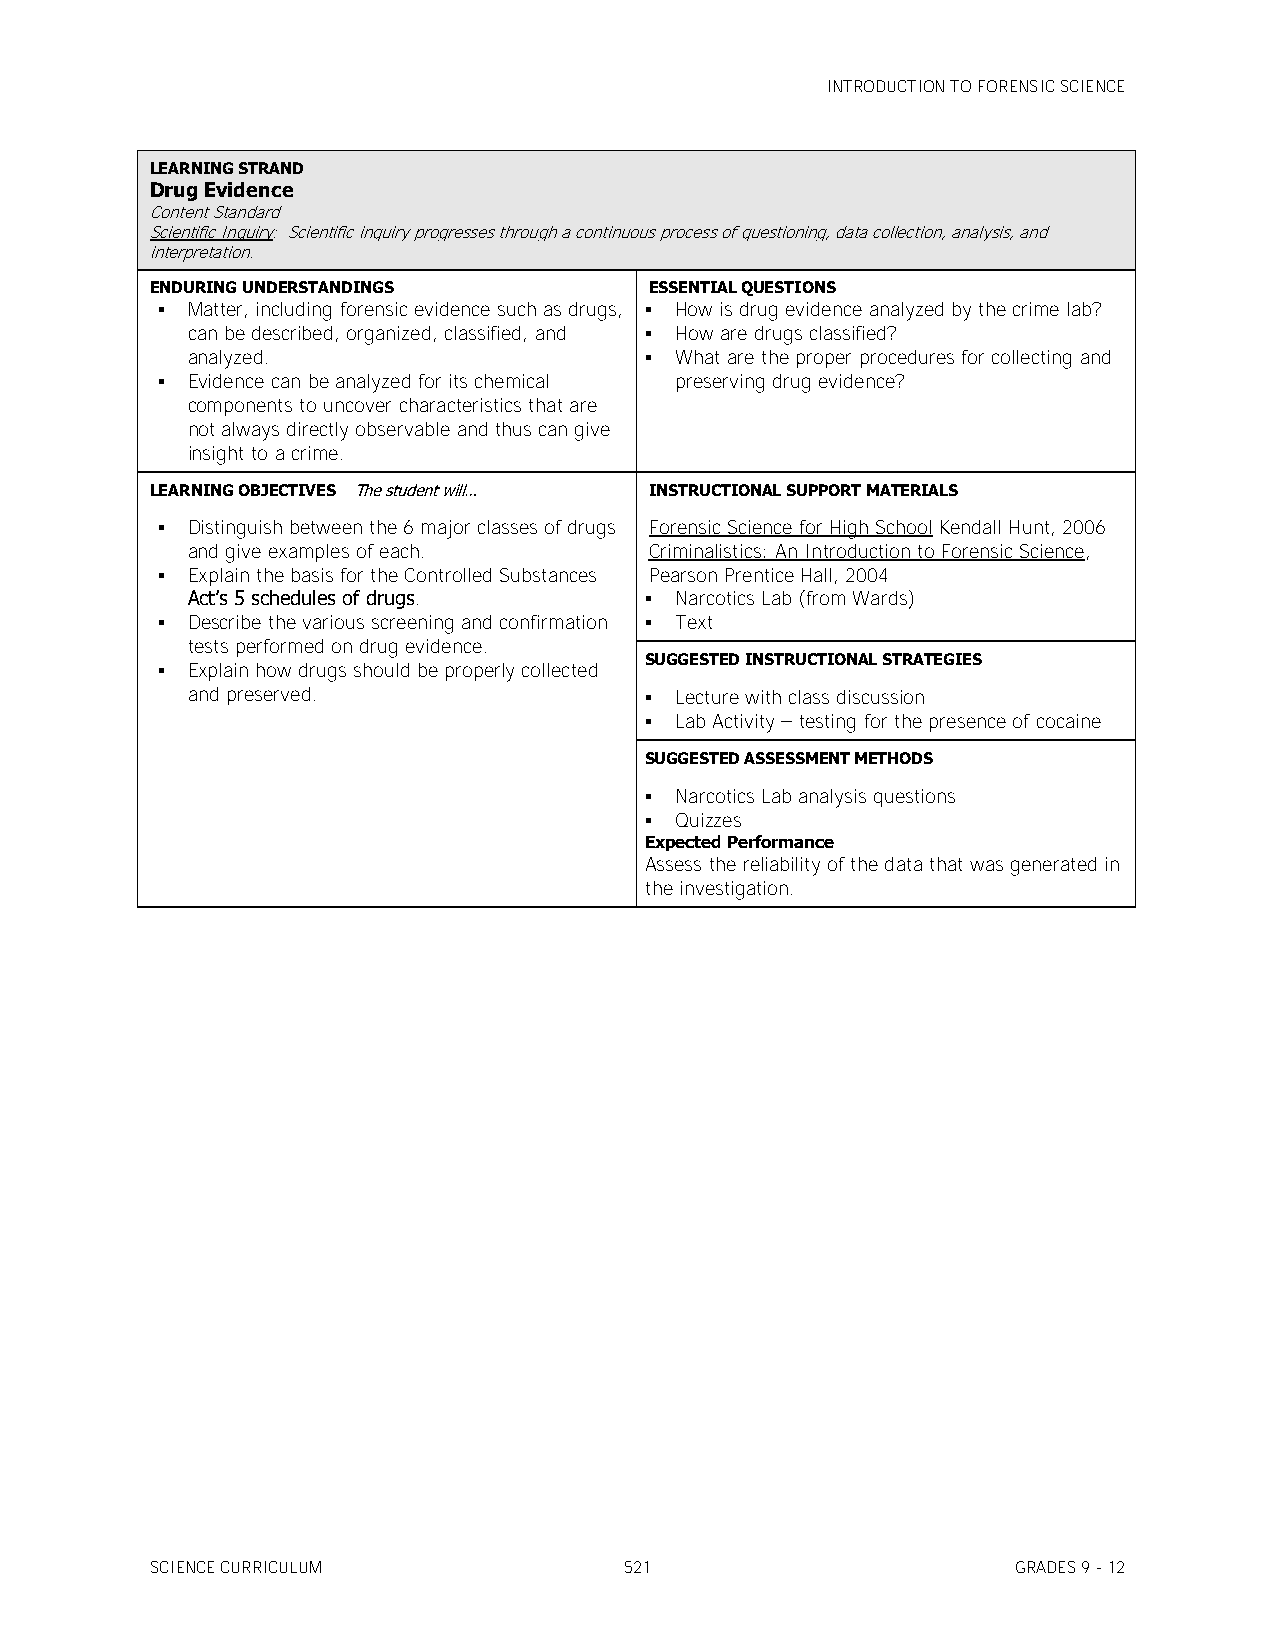
INTRODUCTION TO FORENSIC SCIENCE
 LEARNING STRAND
 Drug Evidence
 Content Standard
 Scientific Inquiry: Scientific inquiry progresses through a continuous process of questioning, data collection, analysis, and
 interpretation.
 ENDURING UNDERSTANDINGS          ESSENTIAL QUESTIONS
  Matter, including forensic evidence such as drugs,  How is drug evidence analyzed by the crime lab?
 can be described, organized, classified, and  How are drugs classified?
 analyzed.                       What are the proper procedures for collecting and
  Evidence can be analyzed for its chemical preserving drug evidence?
 components to uncover characteristics that are
 not always directly observable and thus can give
 insight to a crime.
 LEARNING OBJECTIVES The student will… INSTRUCTIONAL SUPPORT MATERIALS
  Distinguish between the 6 major classes of drugs Forensic Science for High School Kendall Hunt, 2006
 and give examples of each.     Criminalistics: An Introduction to Forensic Science,
  Explain the basis for the Controlled Substances Pearson Prentice Hall, 2004
 Act’s 5 schedules of drugs.     Narcotics Lab (from Wards)
  Describe the various screening and confirmation  Text
 tests performed on drug evidence.
 SUGGESTED INSTRUCTIONAL STRATEGIES
  Explain how drugs should be properly collected
 and preserved.                  Lecture with class discussion
  Lab Activity – testing for the presence of cocaine
 SUGGESTED ASSESSMENT METHODS
  Narcotics Lab analysis questions
  Quizzes
 Expected Performance
 Assess the reliability of the data that was generated in
 the investigation.
 SCIENCE CURRICULUM             521                       GRADES 9 - 12